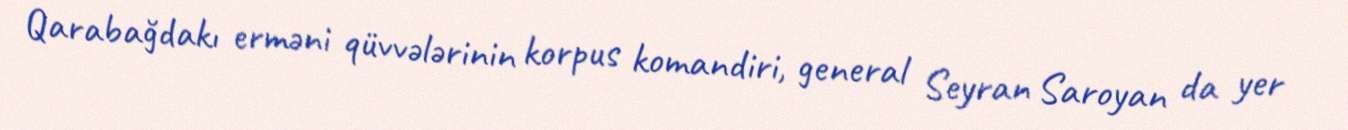
Qarabağdakı erməni qüvvələrinin korpus komandiri, general Seyran Saroyan da yer